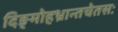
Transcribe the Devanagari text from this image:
दिङ्मोहभ्रान्तचेतसः